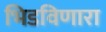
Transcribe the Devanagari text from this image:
भिडविणारा